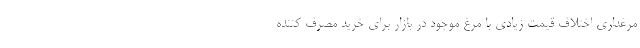
مرغداری اختلاف قیمت زیادی با مرغ موجود در بازار برای خرید مصرف کننده